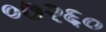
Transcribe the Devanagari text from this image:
०७२६०